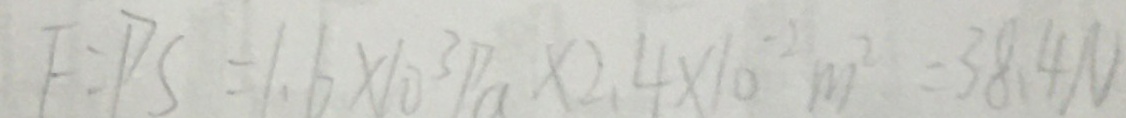
F = P S = 1 . 6 \times 1 0 ^ { 3 } P a \times 2 . 4 \times 1 0 ^ { - 2 } m ^ { 2 } = 3 8 . 4 N